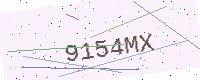
Text: 9154MX